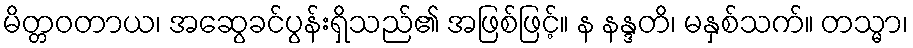
မိတ္တဝတာယ၊ အဆွေခင်ပွန်းရှိသည်၏ အဖြစ်ဖြင့်။ န နန္ဒတိ၊ မနှစ်သက်။ တသ္မာ၊